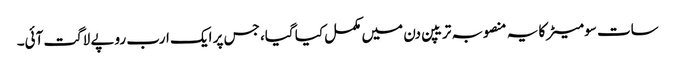
سات سو میٹرکا یہ منصوبہ تریپن دن میں مکمل کیا گیا، جس پر ایک ارب روپے لاگت آئی۔